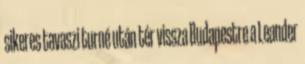
sikeres tavaszi turné után tér vissza Budapestre a Leander